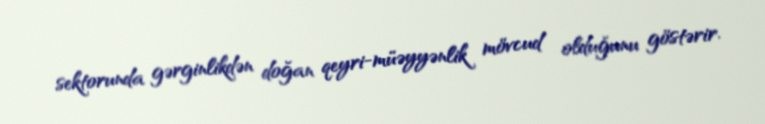
sektorunda gərginlikdən doğan qeyri-müəyyənlik mövcud olduğunu göstərir.